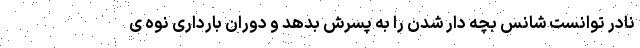
نادر توانست شانس بچه دار شدن را به پسرش بدهد و دوران بارداری نوه ی